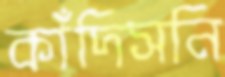
কাঁদিসনি